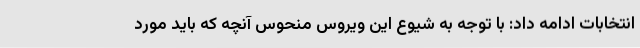
انتخابات ادامه داد: با توجه به شیوع این ویروس منحوس آنچه که باید مورد